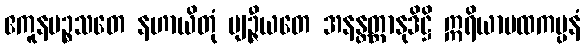
ဧကူနပဉ္စသတေ နဟာယိတုံ ဗျဉ္ဇီယတေ အနန္တတ္တာနုဒိဋ္ဌိ ဣရိယာပထကပ္ပနံ